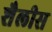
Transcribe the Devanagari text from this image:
शैलीस